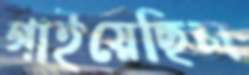
গাইয়েছিল